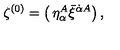
{ \zeta ^ { ( 0 ) } = \left( \begin{matrix} { \eta _ { \alpha } ^ { A } } \\ { \bar { \xi } ^ { \dot { \alpha } A } } \\ \end{matrix} \right) , }